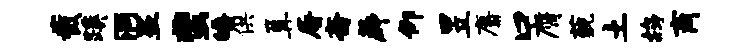
截蹊洞盗蜚皤供篝屠斋薜仰昱麝口膺藐土鸪商